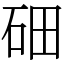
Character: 鿬